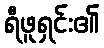
ရီဖူရှင်း၏